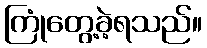
ကြုံတွေ့ခဲ့ရသည်။